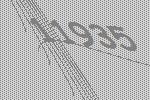
11935